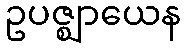
ဥပဇ္ဈာယေန